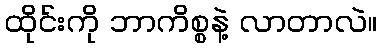
ထိုင်းကို ဘာကိစ္စနဲ့ လာတာလဲ။